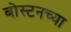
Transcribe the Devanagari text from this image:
बोस्टनच्या